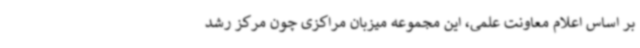
بر اساس اعلام معاونت علمی، این مجموعه میزبان مراکزی چون مرکز رشد